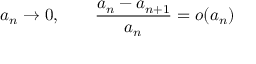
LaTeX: a _ { n } \rightarrow 0 , \qquad { \frac { a _ { n } - a _ { n + 1 } } { a _ { n } } } = o ( a _ { n } )